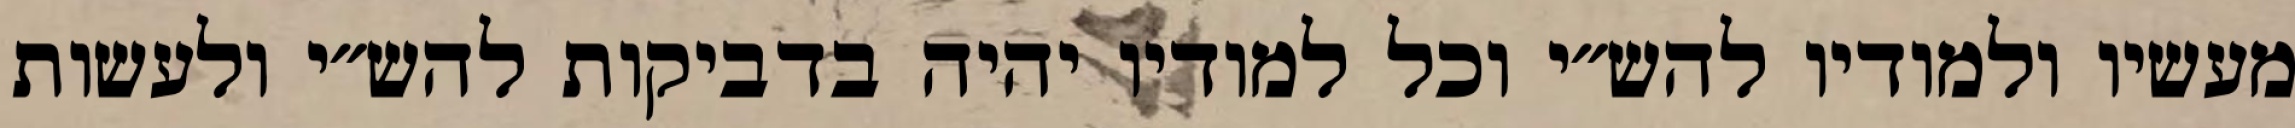
מעשיו ולמודיו להש״י וכל למודיו יהיה בדביקות להש״י ולעשות